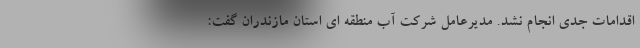
اقدامات جدی انجام نشد. مدیرعامل شرکت آب منطقه ای استان مازندران گفت: